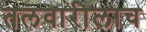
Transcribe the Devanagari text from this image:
तलवारीलाच